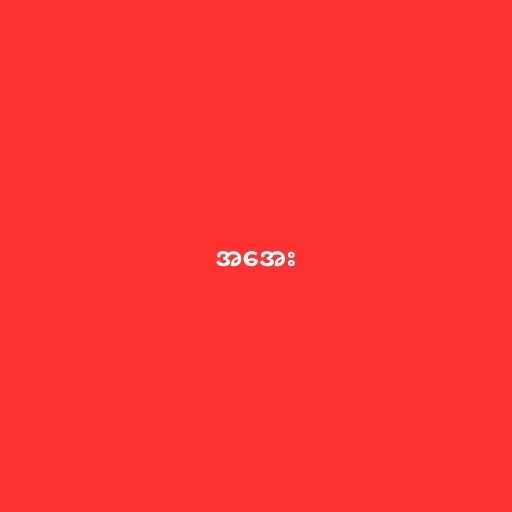
အအေး